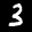
Label: 3